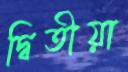
দ্বিতীয়া